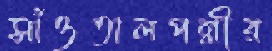
সাঁওতালপল্লীর